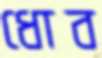
ধোব